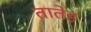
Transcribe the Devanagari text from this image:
तातेड़